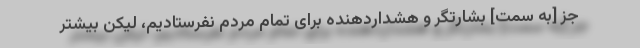
جز [به سمت] بشارتگر و هشداردهنده برای تمام مردم نفرستادیم، لیکن بیشتر